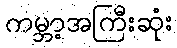
ကမ္ဘာ့အကြီးဆုံး